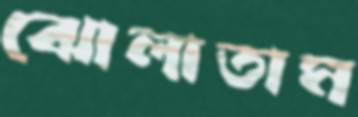
ঝোলাতাম